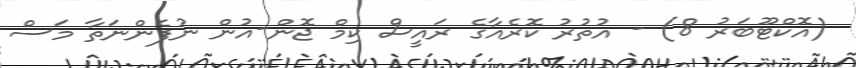
(އޮކްޓޫބަރު 8) - އުތުރު ކޮރެއާގެ ރައީސް ކިމް ޖޮން-އުން ނުފެންނަތާ މަސް